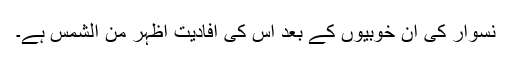
نسوار کی ان خوبیوں کے بعد اس کی افادیت اظہر من الشمس ہے۔